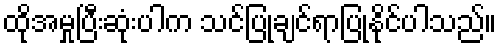
ထိုအမှုပြီးဆုံးပါက သင်ပြုချင်ရာပြုနိုင်ပါသည်။